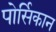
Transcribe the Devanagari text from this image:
पोर्सिकान